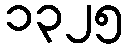
၁၃၂၅